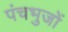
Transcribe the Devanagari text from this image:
पंचभुजों